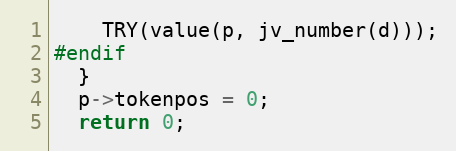
Language: C
    TRY(value(p, jv_number(d)));
#endif
  }
  p->tokenpos = 0;
  return 0;